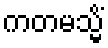
ကတမသ္မိံ